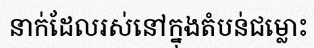
នាក់ដែលរស់នៅក្នុងតំបន់ជម្លោះ